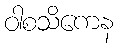
ဝါစသိကေန